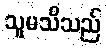
သူမသိသည်